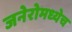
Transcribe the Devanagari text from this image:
जनेरोमध्येच